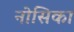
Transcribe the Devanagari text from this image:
नोसिका